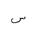
Letter: _sin